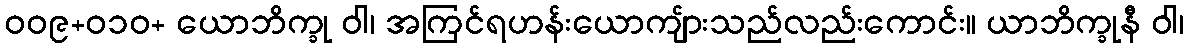
ဝဝ၉+၀၁ဝ+ ယောဘိက္ခု ဝါ၊ အကြင်ရဟန်းယောကျ်ားသည်လည်းကောင်း။ ယာဘိက္ခုနီ ဝါ၊